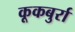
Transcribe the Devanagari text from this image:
कूकबुर्रा